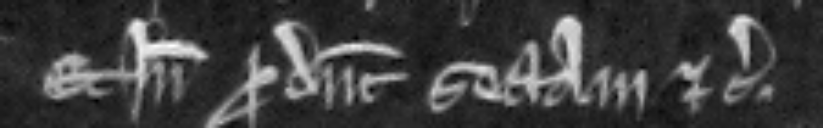
Et inde producunt sectam etc.